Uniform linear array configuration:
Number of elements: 48
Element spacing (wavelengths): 0.5
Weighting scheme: uniform
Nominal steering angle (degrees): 15
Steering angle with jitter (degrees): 15.738
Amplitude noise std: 0.05
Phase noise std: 0.05

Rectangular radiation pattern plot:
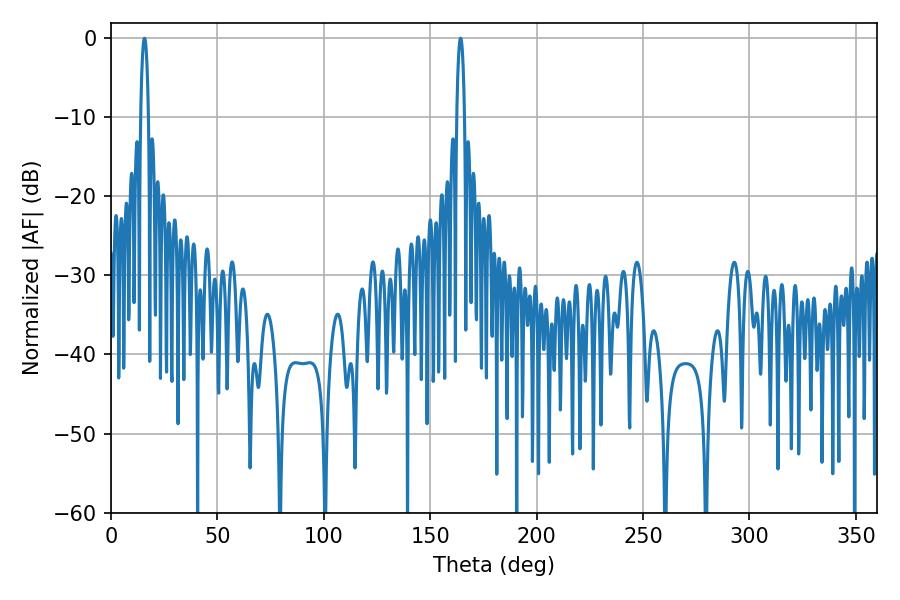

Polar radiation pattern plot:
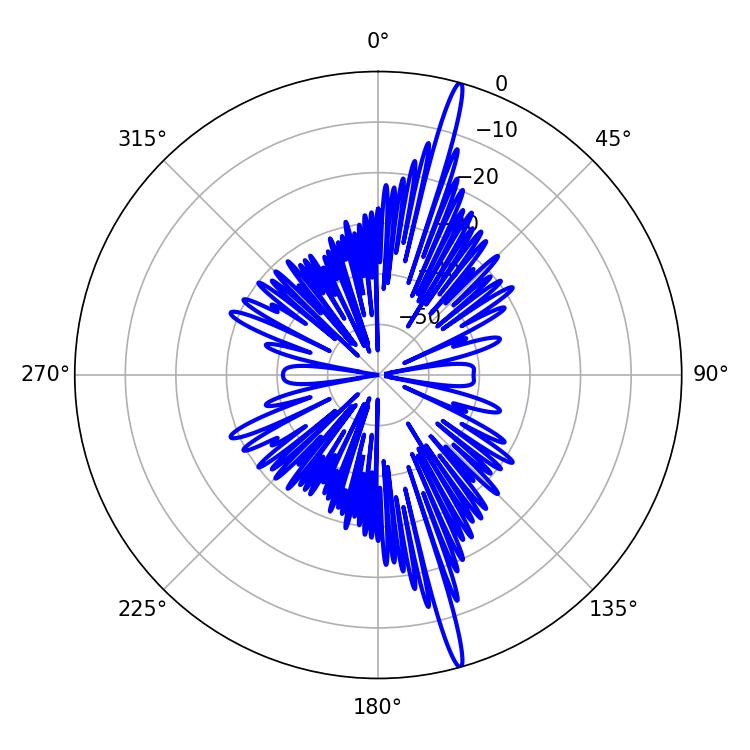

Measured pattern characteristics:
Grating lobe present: FALSE
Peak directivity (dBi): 19.32
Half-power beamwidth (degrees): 1.98
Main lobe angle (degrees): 15.66